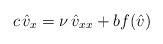
LaTeX: \begin{align*} c\, \hat{v}_x = \nu\, \hat{v}_{xx} + bf (\hat{v}) \end{align*}